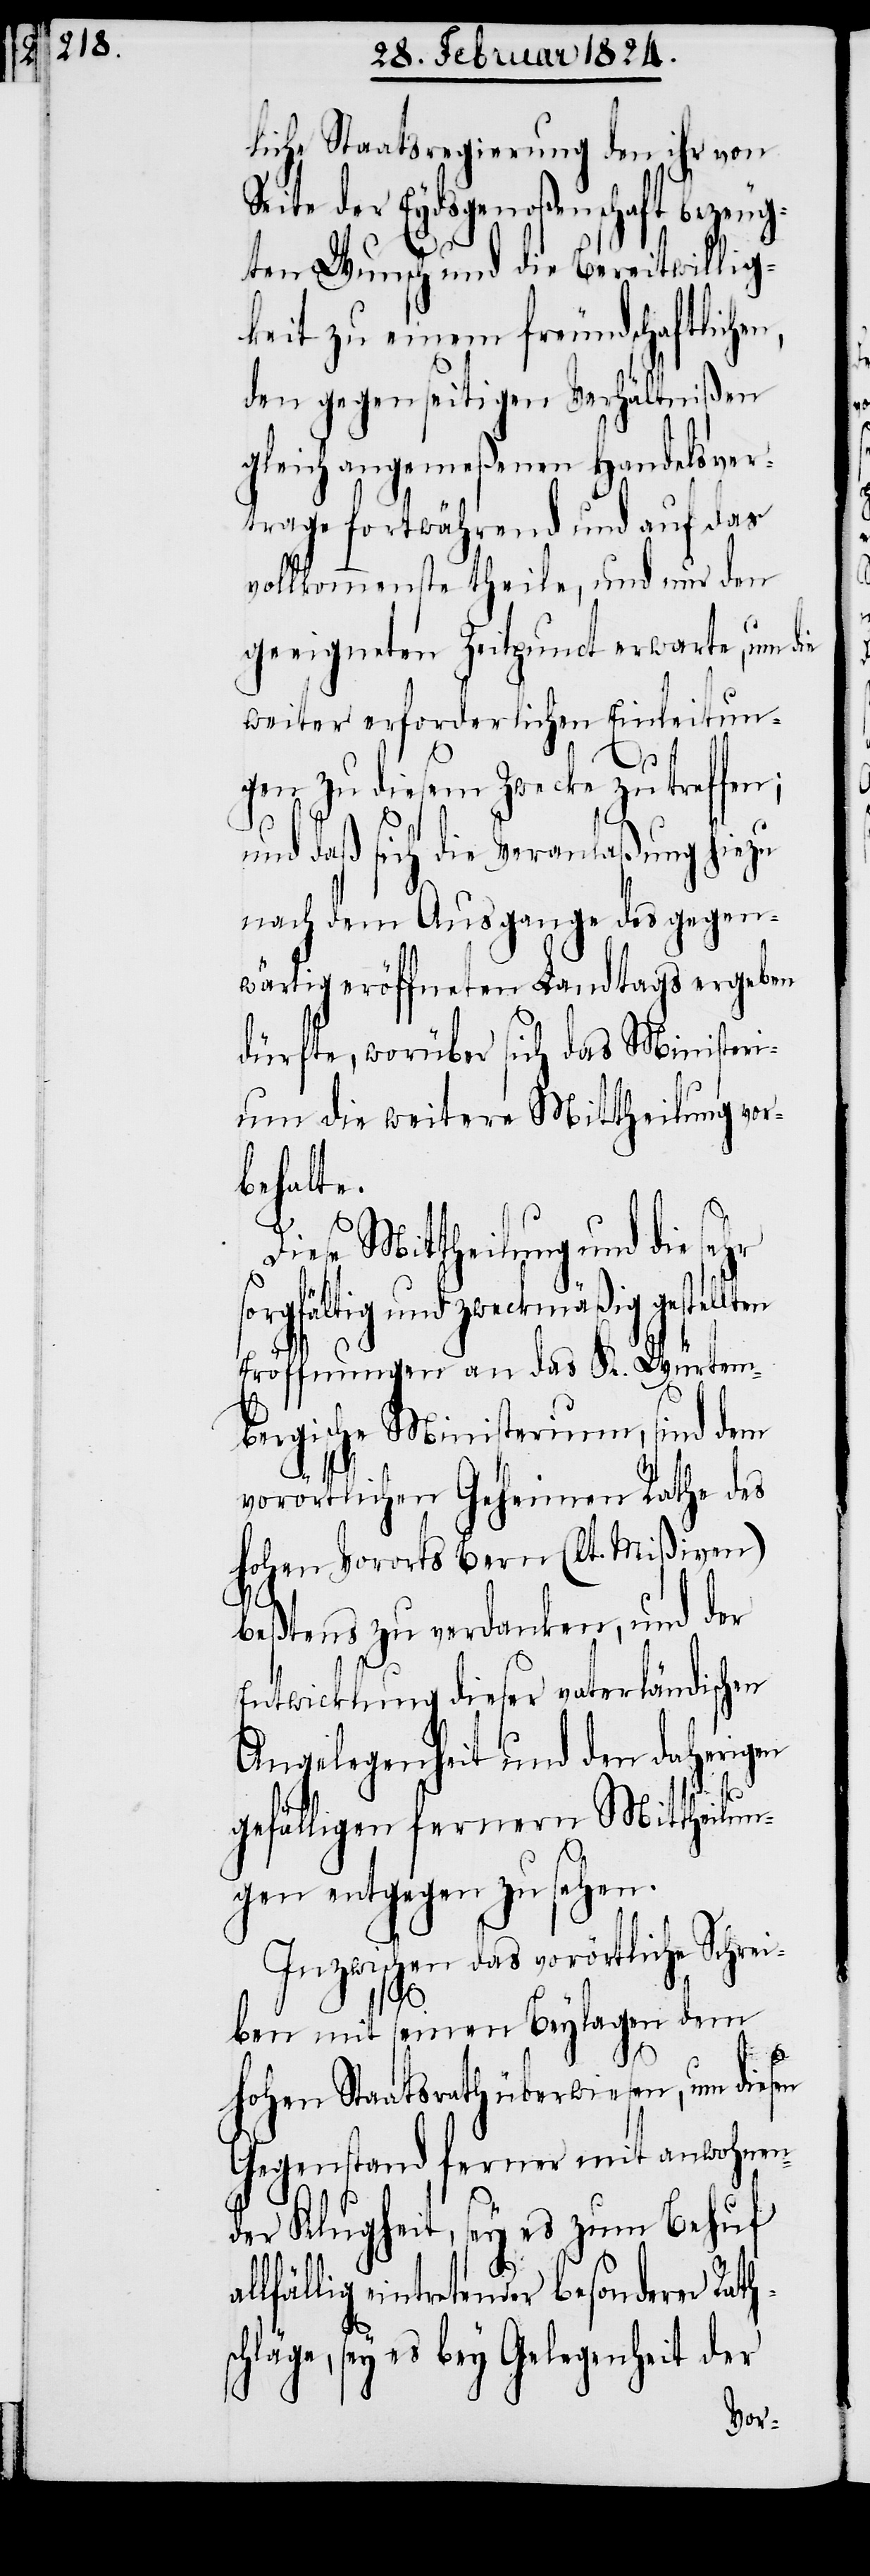
liche Staatsregierung den ihr von
eite der Eydsgenoßenschaft bezeu¬
gten Wunsch und die Bereitwillig¬
keit zu einem freundschaftliche¬
den gegenseitigen Verhältnißen
gleich angemeßenen Handelsver¬
trage fortwährend und auf das
vollkommenste theile, und nur den
geeigneten Zeitpunct erwarte, um die
weiter erforderlichen Einleitun¬
hr
al¬
gen zu diesem Zwecke zu treff¬
und daß sich die Veranlaßung hiezu
nach dem Ausgange des gegen¬
wärtig eröffneten Landtags ergeben
dürfte, worüber sich das Ministeri¬
um die weitere Mittheilung vor¬
behalte.
Diese Mittheilung und die se¬
rgfältig und zweckmäßig geste¬
Eröffnungen an das K. Würtem¬
bergische Ministerium, sind dem
vorörtlichen Geheimen Rathe des
hohen Vororts Bern (lt. Mißiven)
beßtens zu verdanken, und der
Entwicklung dieser vaterländischen
Angelegenheit und den daherigen
gefälligen fernern Mittheilun¬
s¬
gen entgegen zu sehen.
Inzwischen das vorörtliche Schrei¬
ben mit seinen Beylagen dem
hohen Staatsrath überwiesen, um diesen
Gegenstand ferner mit anwohnen¬
der Klugheit, sey es zum Behuf
lfällig eintretender besonderer Rath¬
chläge, sey es bey Gelegenheit der